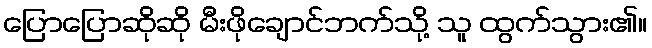
ပြောပြောဆိုဆို မီးဖိုချောင်ဘက်သို့ သူ ထွက်သွား၏။